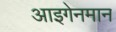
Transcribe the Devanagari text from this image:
आइगेनमान